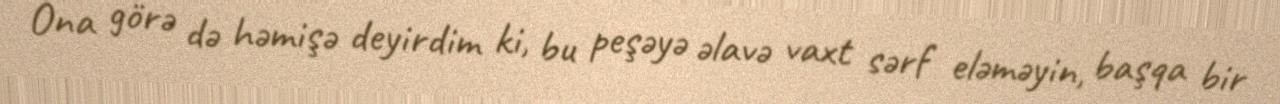
Ona görə də həmişə deyirdim ki, bu peşəyə əlavə vaxt sərf eləməyin, başqa bir